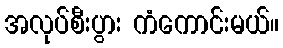
အလုပ်စီးပွား ကံကောင်းမယ်။